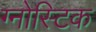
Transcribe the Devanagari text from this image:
ग्नोस्टिक